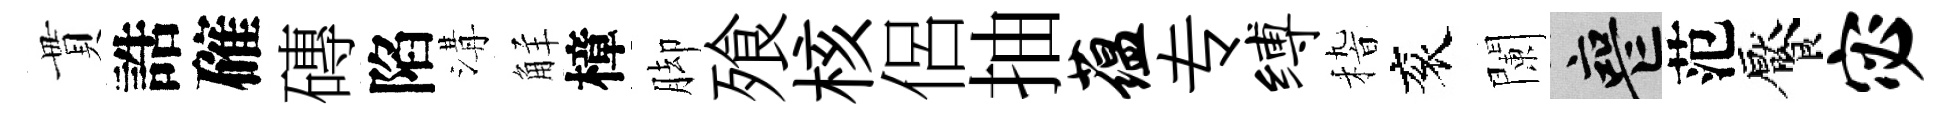
貫誥確磚陷溝觧樟脚飱核侶抽蕴专缚𥟵衮闌喪范饜宓